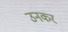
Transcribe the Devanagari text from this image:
उनकर